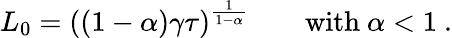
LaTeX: L_{0}=\left((1-\alpha)\gamma\tau\right)^{\frac{1}{1-\alpha}}\qquad\mathrm{with}\ \alpha<1\ .